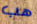
هب